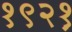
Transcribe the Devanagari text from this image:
१९२१़